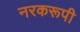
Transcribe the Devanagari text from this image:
नरकरूपी